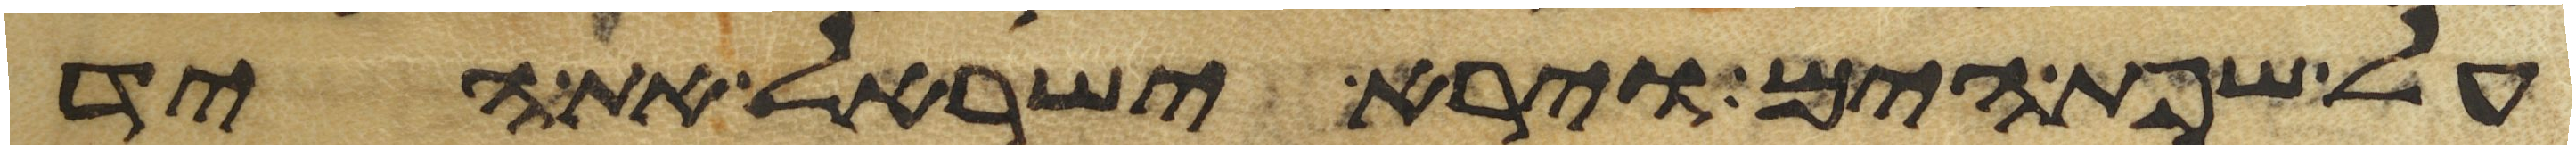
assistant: על שפת הים וירא ישראל את היד